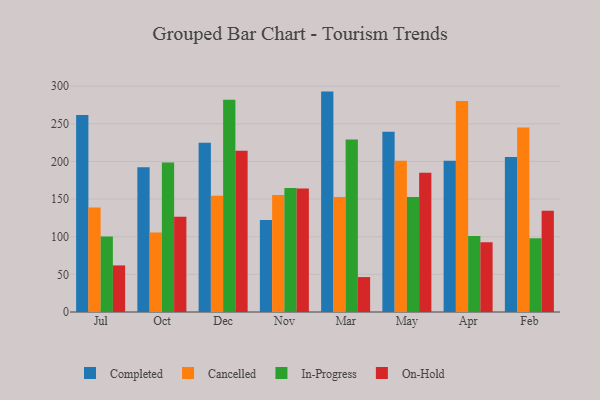
{"axis": {"x": "Month", "y": "Latency (ms)"}, "legend": ["Cancelled", "Completed", "In-Progress", "On-Hold"], "data": [{"x": "Jul", "y": 261.8, "type": "Completed"}, {"x": "Jul", "y": 138.8, "type": "Cancelled"}, {"x": "Jul", "y": 100.2, "type": "In-Progress"}, {"x": "Jul", "y": 61.9, "type": "On-Hold"}, {"x": "Oct", "y": 192.4, "type": "Completed"}, {"x": "Oct", "y": 105.7, "type": "Cancelled"}, {"x": "Oct", "y": 198.6, "type": "In-Progress"}, {"x": "Oct", "y": 126.7, "type": "On-Hold"}, {"x": "Dec", "y": 224.7, "type": "Completed"}, {"x": "Dec", "y": 154.3, "type": "Cancelled"}, {"x": "Dec", "y": 282.1, "type": "In-Progress"}, {"x": "Dec", "y": 214.2, "type": "On-Hold"}, {"x": "Nov", "y": 122.2, "type": "Completed"}, {"x": "Nov", "y": 155.4, "type": "Cancelled"}, {"x": "Nov", "y": 164.8, "type": "In-Progress"}, {"x": "Nov", "y": 164.1, "type": "On-Hold"}, {"x": "Mar", "y": 292.8, "type": "Completed"}, {"x": "Mar", "y": 152.8, "type": "Cancelled"}, {"x": "Mar", "y": 229.3, "type": "In-Progress"}, {"x": "Mar", "y": 46.4, "type": "On-Hold"}, {"x": "May", "y": 239.4, "type": "Completed"}, {"x": "May", "y": 200.8, "type": "Cancelled"}, {"x": "May", "y": 152.7, "type": "In-Progress"}, {"x": "May", "y": 185.0, "type": "On-Hold"}, {"x": "Apr", "y": 201.0, "type": "Completed"}, {"x": "Apr", "y": 280.4, "type": "Cancelled"}, {"x": "Apr", "y": 101.1, "type": "In-Progress"}, {"x": "Apr", "y": 92.6, "type": "On-Hold"}, {"x": "Feb", "y": 206.0, "type": "Completed"}, {"x": "Feb", "y": 245.2, "type": "Cancelled"}, {"x": "Feb", "y": 98.1, "type": "In-Progress"}, {"x": "Feb", "y": 134.5, "type": "On-Hold"}]}